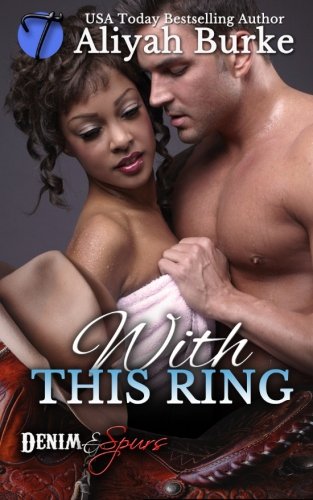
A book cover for With This Ring (Denim and Spurs) (Volume 1); Aliyah Burke; Romance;